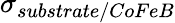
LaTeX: \sigma_{substrate/CoFeB}